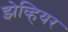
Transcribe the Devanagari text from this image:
झेव्हियर